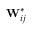
\mathbf { W } _ { i j } ^ { * }